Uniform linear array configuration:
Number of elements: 48
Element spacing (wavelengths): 1
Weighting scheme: kaiser
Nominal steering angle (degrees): -45
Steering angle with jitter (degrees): -45.627
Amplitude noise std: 0.05
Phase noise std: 0.05

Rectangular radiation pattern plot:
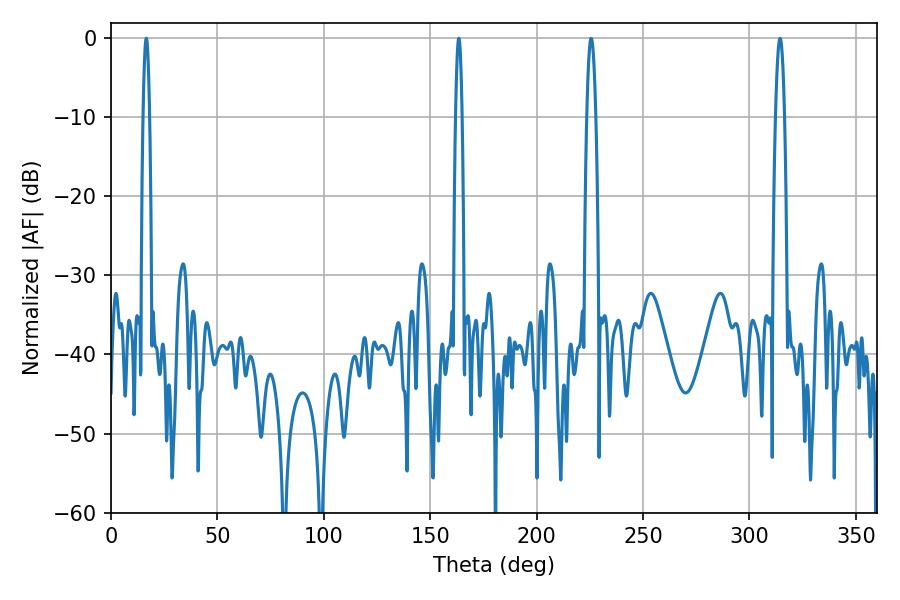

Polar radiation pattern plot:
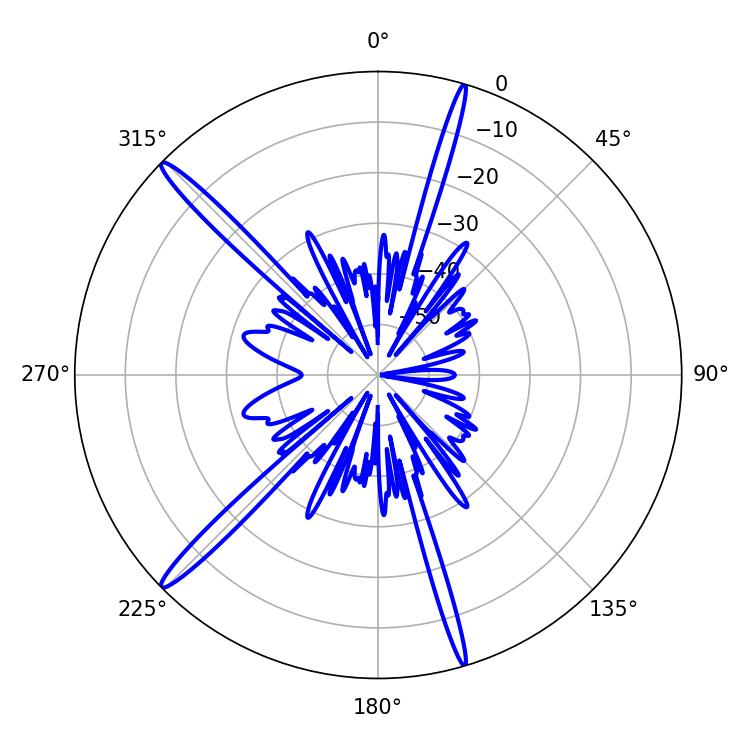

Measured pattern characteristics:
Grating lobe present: TRUE
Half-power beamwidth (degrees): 1.62
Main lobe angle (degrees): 16.56